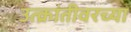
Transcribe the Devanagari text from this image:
उत्क्रांतीवरच्या